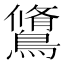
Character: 𪅭